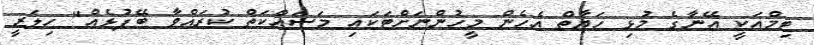
ޓިމްއަކީ އޭނާގެ މުޅި ހަޔާތް އެހެން މީހުންނަށްޓަކައި މަސައްކަތް ކުރައްވާ ބޭފުޅެއް" ހިލަރީ